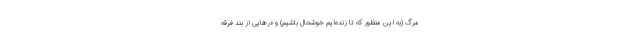
مرگ (به این منظور که تا زنده‌ایم خوشحال باشیم) و «رهایی از بند فرقهٔ